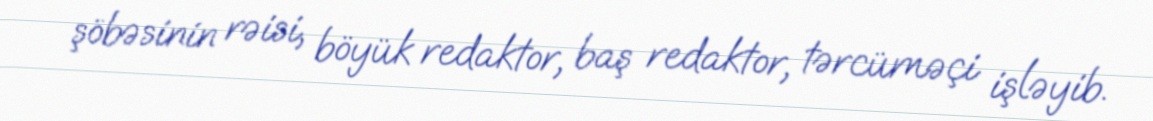
şöbəsinin rəisi, böyük redaktor, baş redaktor, tərcüməçi işləyib.